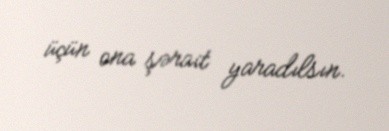
üçün ona şərait yaradılsın.